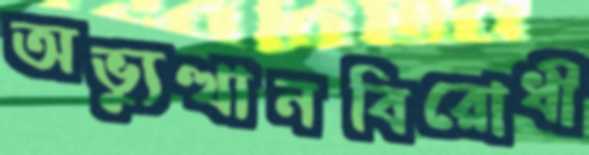
অভ্যুত্থানবিরোধী